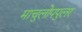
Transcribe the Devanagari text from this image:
माचुलोपपुलर